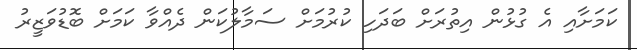
ކަމަށާއި އެ ގުުޅުން އިތުރަށް ބަދަހި ކުރުމަށް ސަމާލުކަން ދެއްވާ ކަމަށް ބޮޑުވަޒީރު